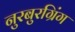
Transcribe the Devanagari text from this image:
नुरबुरग्रिंग